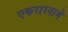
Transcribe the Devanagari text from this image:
एकरारनामे